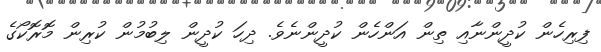
ފިރިހެން ކުދީންނާއި ތިން އަންހެން ކުދީންނެވެ. ދިހަ ކުދީން ލިބުމުން ކުރިން މޮރޮކޯގެ